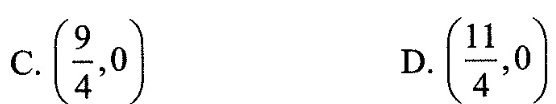
C.( \frac{9}{4},0)D. ( \frac{11}{4},0)